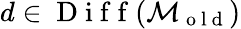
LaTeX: d\in\mathrm{~D~i~f~f~}(\mathcal{M}_{\mathrm{~o~l~d~}})